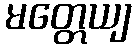
မတ္တေယျ